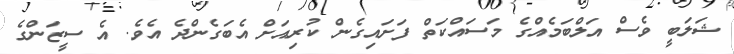
ޝަލަބީ ވެސް އަލްބަމެއްގެ މަސައްކަތް ފަށައިގެން ކުރިއަށް އެބަގެންދެ އެވެ. އެ ސީޒަންގެ